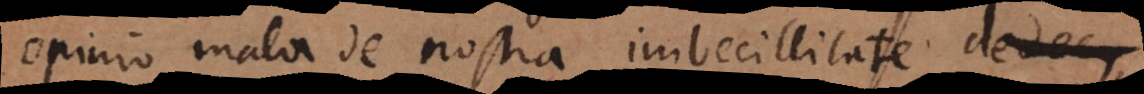
opinio mala de nostra imbecillitate dedecus,